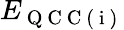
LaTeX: E_{\mathrm{~Q~C~C~(~i~)~}}